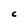
Character: C